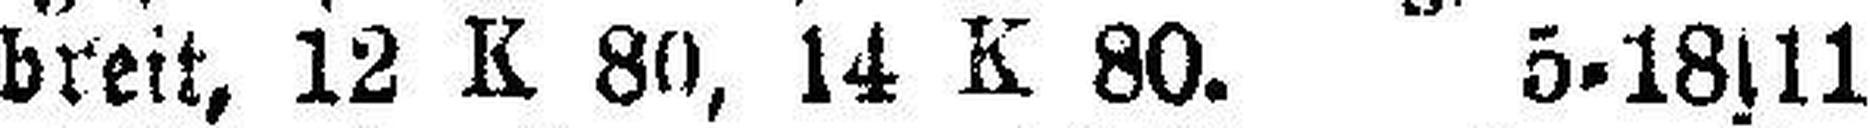
breit, 12 K 80, 14 K 80. 5-18s11